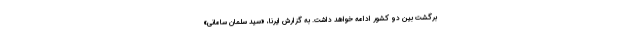
برگشت بین دو کشور ادامه خواهد داشت. به گزارش ایرنا، «سید سلمان سامانی»